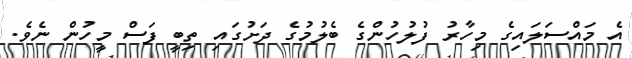
އެ މައްސަލައިގެ މިހާރު ފުލުހުންގެ ބެލުމުގެ ދަށުގައި ތިބީ ފަސް މީހުން ނެވެ.